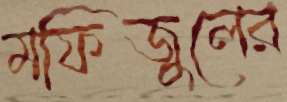
মফিজুলের